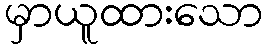
မှာယူထားသော